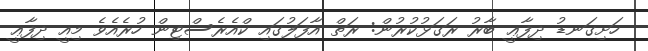
ހަށިގަނޑު ދިފާޢީ ބާރު ރަގަޅުކުރުން: ރަތް އާފަލުގައި ކްއެރެސްޓިން ހުރެއެވެ މިއީ ދިފާޢީ